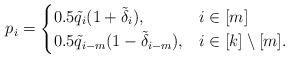
LaTeX: \begin{align*}p_i = \begin{cases} 0.5\tilde{q}_i(1 + \tilde{\delta}_i), & i \in [m] \\0.5\tilde{q}_{i-m}(1 - \tilde{\delta}_{i-m}), & i \in [k]\setminus [m]. \end{cases}\end{align*}